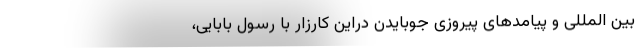
بین المللی و پیامدهای پیروزی جوبایدن دراین کارزار با رسول بابایی،